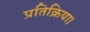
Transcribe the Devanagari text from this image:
प्रतिक्रिया।